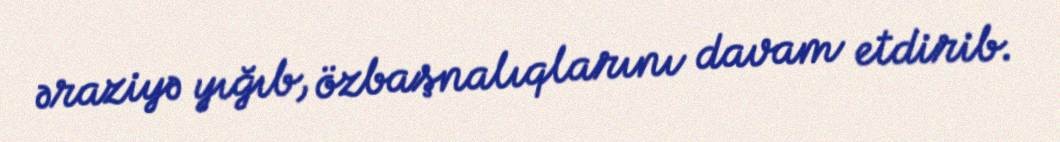
əraziyə yığıb, özbaşnalıqlarını davam etdirib.